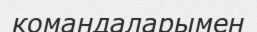
командаларымен